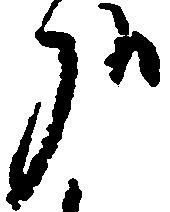
哉